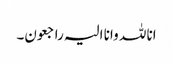
انا للہ وانا الیہ راجعون۔